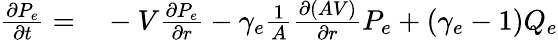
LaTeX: \begin{array}{rl}{\frac{\partial P_{e}}{\partial t}=}&{{}-V\frac{\partial P_{e}}{\partial r}-\gamma_{e}\frac{1}{A}\frac{\partial\left(AV\right)}{\partial r}P_{e}+(\gamma_{e}-1)Q_{e}}\end{array}